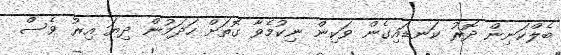
ބެލްކަނިން ދޮރު ކަނޑައިގެން ވަކިން ނިކުމެވާ ގޮތަށް ހަދަމުން ދިޔަ އިރު ވެސް